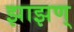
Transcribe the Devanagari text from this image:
झाझण्